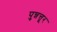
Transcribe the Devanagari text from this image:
पुन्नत्तूर